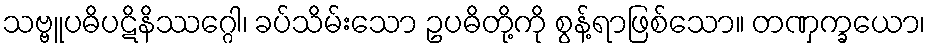
သဗ္ဗူပဓိပဋိနိဿဂ္ဂေါ၊ ခပ်သိမ်းသော ဥပဓိတို့ကို စွန့်ရာဖြစ်သော။ တဏှက္ခယော၊